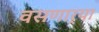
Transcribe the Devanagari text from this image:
वसणार्‍या